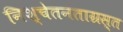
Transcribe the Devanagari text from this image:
निश्चेतनताग्रस्त